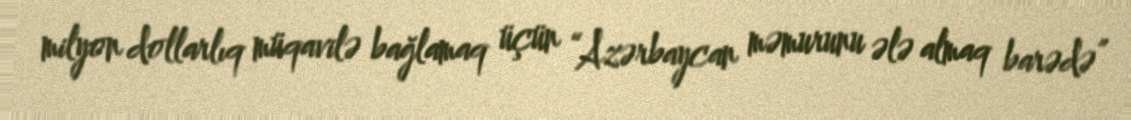
milyon dollarlıq müqavilə bağlamaq üçün “Azərbaycan məmurunu ələ almaq barədə”